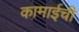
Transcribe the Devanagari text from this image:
कामाईची